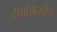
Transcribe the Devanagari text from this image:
दीपशिखेव